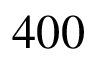
4 0 0